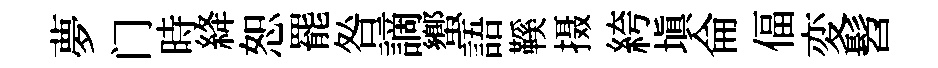
夢门時絳恕罷咎謫蠁語鞵摄絝塡侖偪変髫